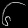
Digit: ၆